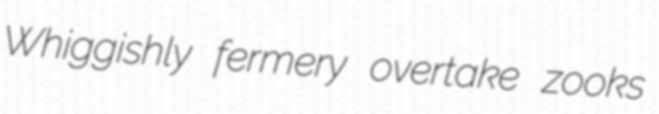
Whiggishly fermery overtake zooks